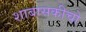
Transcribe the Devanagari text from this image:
शाबासकीचो